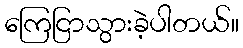
ကြေငြာသွားခဲ့ပါတယ်။